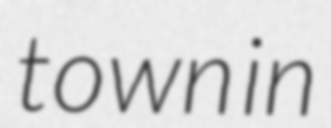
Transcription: town in